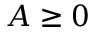
A \geq 0